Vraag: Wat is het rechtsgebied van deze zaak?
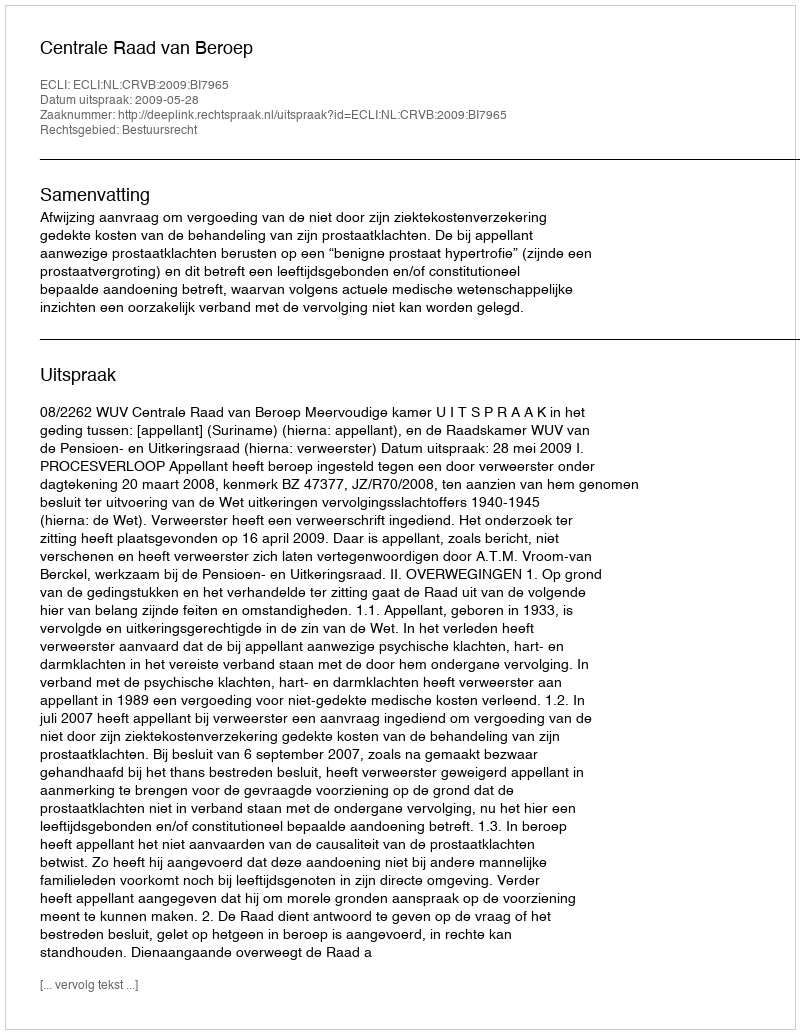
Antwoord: Bestuursrecht